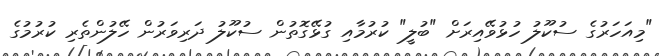
"މިއަހަރުގެ ސުކޫލު ހުޅުވޭއިރަށް "ބުލީ" ކުރުމާއި ގުޅޭގޮތުން ސުކޫލު ދަރިވަރުން ހޭލުންތެރި ކުރުމުގެ